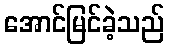
အောင်မြင်ခဲ့သည်